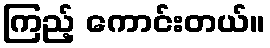
ကြည့် ကောင်းတယ်။